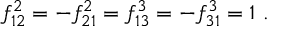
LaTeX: f _ { 1 2 } ^ { 2 } = - f _ { 2 1 } ^ { 2 } = f _ { 1 3 } ^ { 3 } = - f _ { 3 1 } ^ { 3 } = 1 \, \, .